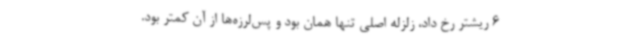
6 ریشتر رخ داد، زلزله اصلی تنها همان بود و پس‌لرزه‌ها از آن کمتر بود.